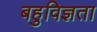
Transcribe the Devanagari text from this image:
बहुविज्ञता